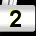
Digit: 2